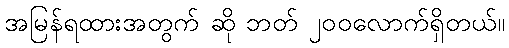
အမြန်ရထားအတွက် ဆို ဘတ် ၂၀၀လောက်ရှိတယ်။